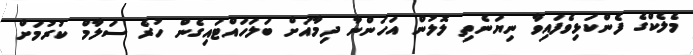
މެލެކްގެ ފެންކަޅިވެފައިވާ ނިޔަނެތި ލޮލުން އަހަންނާ ދިމާއަށް ބަލަހައްޓައިގެން ހުރެ ސަލާމް ކުރުމަށް